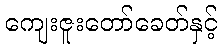
ကျေးဇူးတော်ခေတ်နှင့်